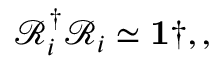
\mathcal { R } _ { i } ^ { \dagger } \mathcal { R } _ { i } \simeq \mathbf { 1 } \dag , ,